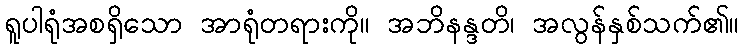
ရူပါရုံအစရှိသော အာရုံတရားကို။ အဘိနန္ဒတိ၊ အလွန်နှစ်သက်၏။